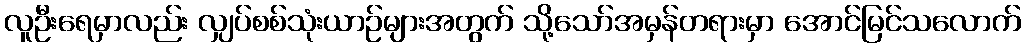
လူဦးရေမှာလည်း လျှပ်စစ်သုံးယာဉ်များအတွက် သို့သော်အမှန်တရားမှာ အောင်မြင်သလောက်